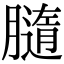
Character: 膸